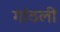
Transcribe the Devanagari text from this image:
गांठली